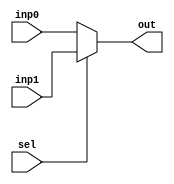
module Mux2to1_32bit(inp0, inp1, sel, out);
input [31:0] inp0;
input [31:0] inp1;
input sel;
output [31:0] out;

	assign out = (sel == 1'b0)? inp0:
			(sel == 1'b1)? inp1:
			32'bz;
	
endmodule